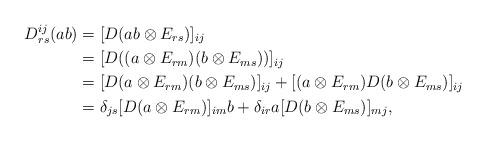
LaTeX: \begin{align*}D^{ij}_{rs}(ab)&=[D(ab\otimes E_{rs})]_{ij}\\&=[D((a\otimes E_{rm})(b\otimes E_{ms}))]_{ij}\\&=[D(a\otimes E_{rm})(b\otimes E_{ms})]_{ij}+[(a\otimes E_{rm})D(b\otimes E_{ms})]_{ij}\\&=\delta_{js}[D(a\otimes E_{rm})]_{im}b+\delta_{ir}a[D(b\otimes E_{ms})]_{mj},\end{align*}